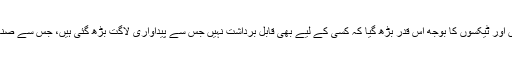
تیل، گیس ، بجلی کی قیمتوں اور ٹیکسوں کا بوجھ اس قدر بڑھ گیا کہ کسی کے لیے بھی قابل برداشت نہیں جس سے پیداواری لاگت بڑھ گئی ہیں، جس سے صنعت کا شعبہ تباہ ہوچکا ہے۔